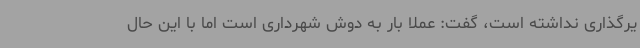
یرگذاری نداشته است، گفت: عملا بار به دوش شهرداری است اما با این حال